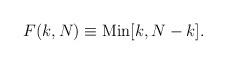
LaTeX: \begin{align*}F(k,N)\equiv {\rm Min}[ k, N-k].\end{align*}